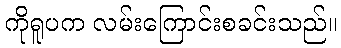
ကိုရူပက လမ်းကြောင်းစခင်းသည်။